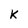
Character: k